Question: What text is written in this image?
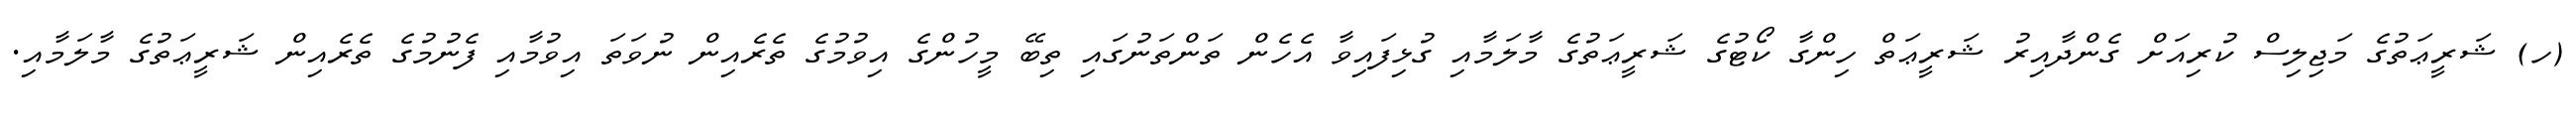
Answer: (ހ) ޝަރީޢަތުގެ މަޖިލިސް ކުރިއަށް ގެންދާއިރު ޝަރީޢަތް ހިންގާ ކޯޓުގެ ޝަރީޢަތުގެ މާލަމާއި ގުޅިފައިވާ އެހެން ތަންތަނުގައި ތިބޭ މީހުންގެ އިވުމުގެ ތެރެއިން ނުވަތަ އިވުމާއި ފެނުމުގެ ތެރެއިން ޝަރީޢަތުގެ މާލަމާއި.